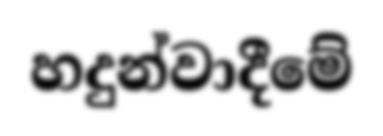
හදුන්වාදීමේ